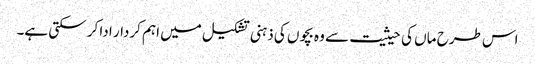
اس طرح ماں کی حیثیت سے وہ بچوں کی ذہنی تشکیل میں اہم کردار ادا کر سکتی ہے۔